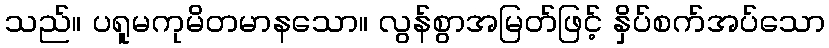
သည်။ ပရူမကုမိတမာနသော။ လွန်စွာအမြတ်ဖြင့် နှိပ်စက်အပ်သော